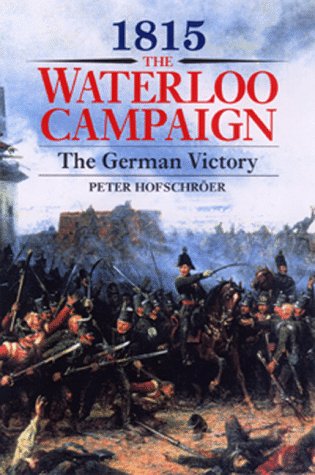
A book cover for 1815: The Waterloo CampaignEEThe German Victory; Peter HofschrÃ¶er; History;